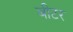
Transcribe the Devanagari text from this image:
बीटर